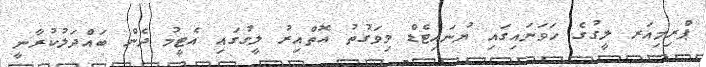
ޕްރިމިއަރ ލީގުގެ ހަވަނައިގައި ޔުނައިޓެޑް މިވަގުތު އޮތްއިރު ލީގުގައި އެޓީމު ދެން ބައްދަލުކުރާނީ